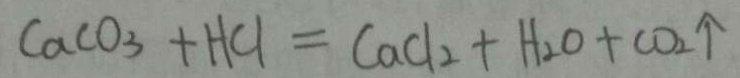
C a C O _ { 3 } + H C l = C a C l _ { 2 } + H _ { 2 } O + C O _ { 2 } \uparrow